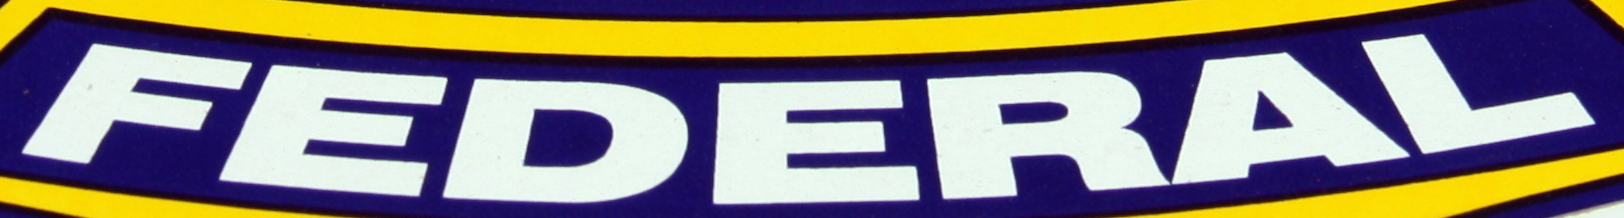
FEDERAL